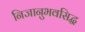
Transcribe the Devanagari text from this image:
निजानुभवसिद्ध